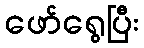
ဖော်ရွေပြီး